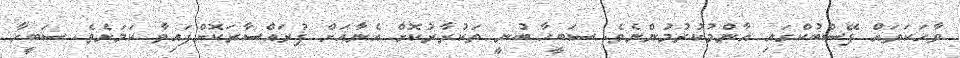
ވާހަކަތައް ފޭސްބުކްގައި އާންމުކުރުމުންނެވެ. ސަބީހާ ބުނީ ތަކުރާރުކޮށް އެނާއަށް ފުރައްސާރަކޮށްފައިވާ ކަމަށެވެ. ސަބީހާ